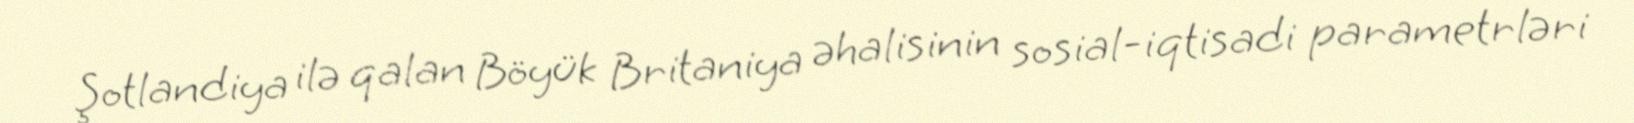
Şotlandiya ilə qalan Böyük Britaniya əhalisinin sosial-iqtisadi parametrləri